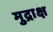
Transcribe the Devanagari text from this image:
मुद्राक्ष